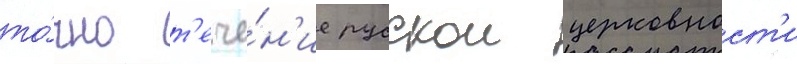
то́чно т'ече́н'ие русскои церковност'и